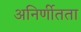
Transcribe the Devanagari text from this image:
अनिर्णीतता